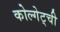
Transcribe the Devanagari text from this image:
कोल्गेट्ची